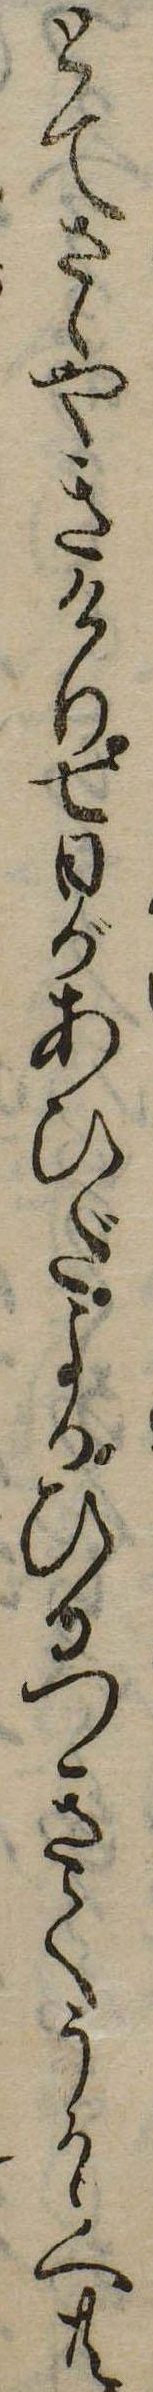
とてさゝやきけり七日があひだよるひるつきてうかゝへ共